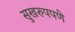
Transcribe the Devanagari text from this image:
सुखरुपपणे